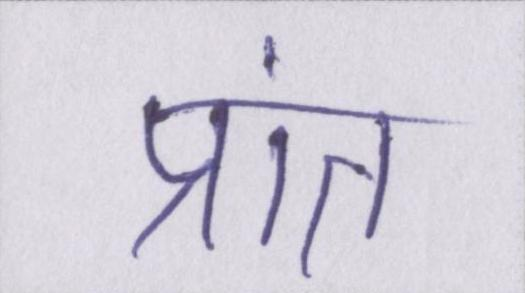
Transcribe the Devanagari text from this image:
प्रांत